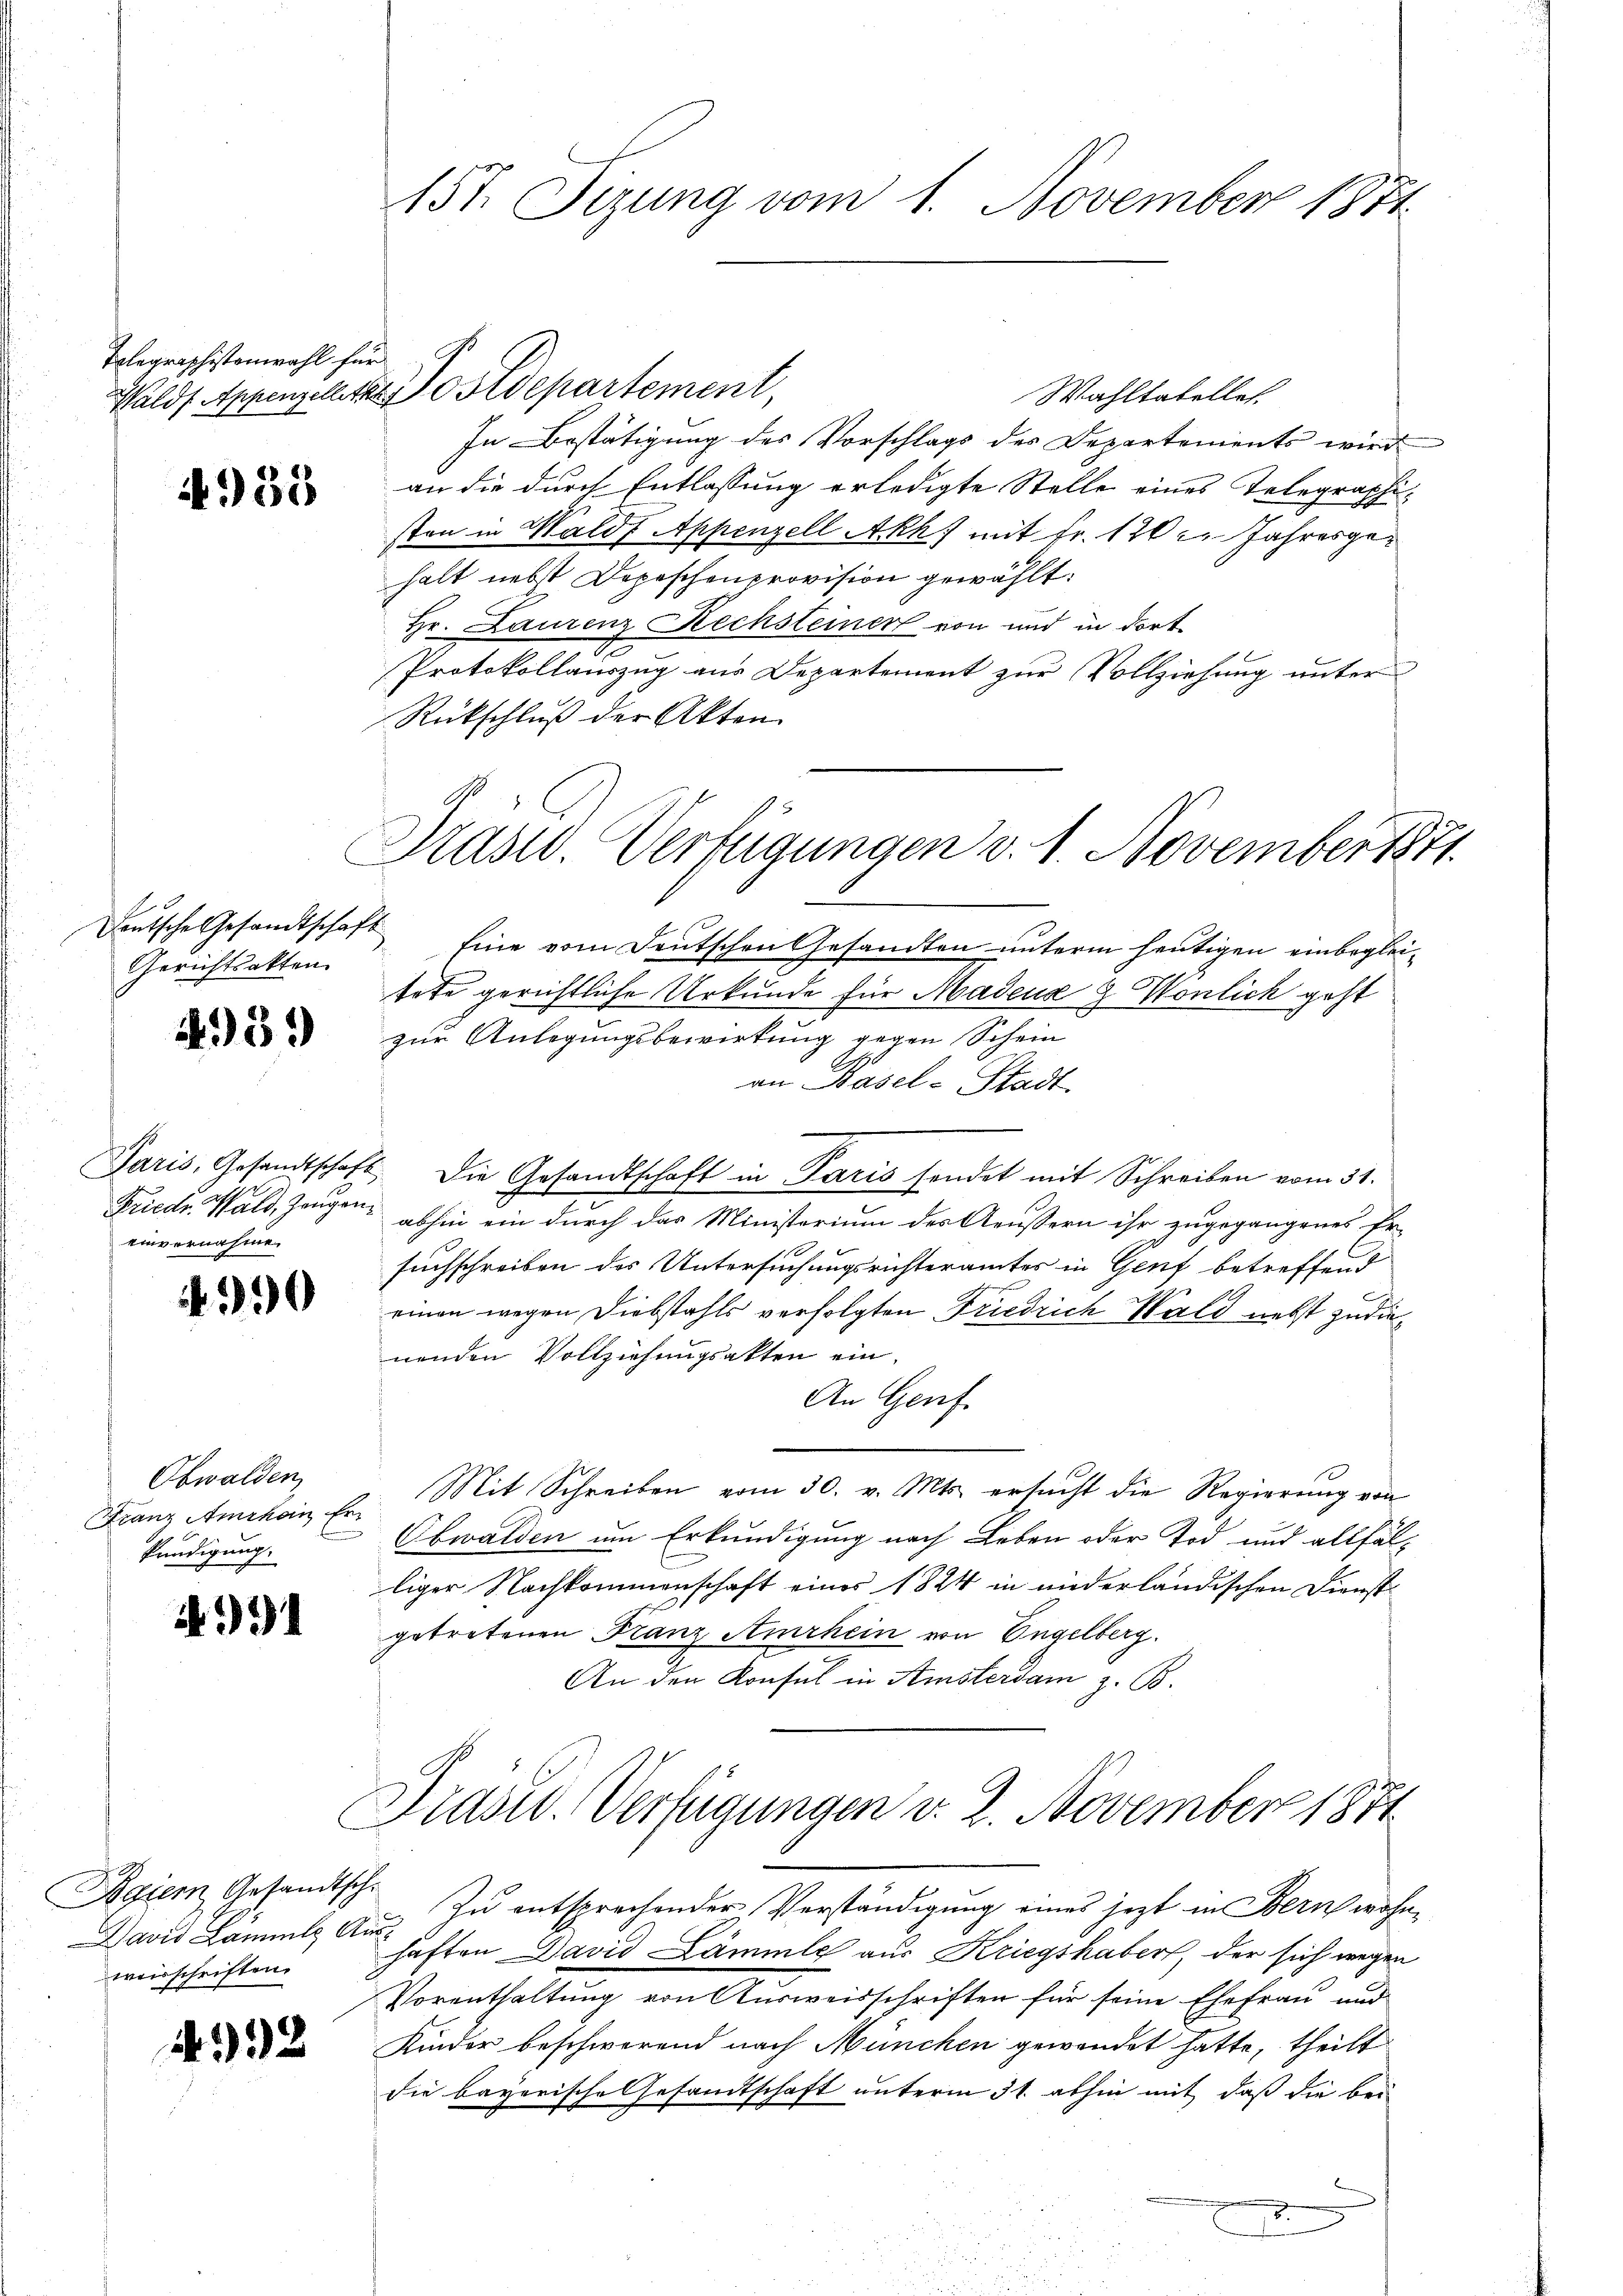
Telegraphistenwahl für

4958

Gerichtsakten.

4.5.)

einvernahme.

390

Obwalden
kündigung.

91

Regier, Gesandtsche
weisschriften.

32

157. Sizung vom 1. November 1871.

Walds Appenzellitzstdepartement,
Wahltatelles.
In Bestätigung des Vorschlags des Departements wird
an die durch Entlassung erledigte Stelle eines Telegraphisten in Waldf Appenzell Akh) mit Fr. 120 l. Jahresgehalt nebst Depeschenprovision gewählt:
Hr. Laurenz Rechsteiner von und in dort¬
Protokollauszug aus Departement zur Vollziehung unter
Rückschluß der Akten.
Deutsche Gesandtschaft Eine vom Deutschen Gesandten unterm heutigen einbegleitete gerichtliche Urkunde für Madenz & Wönlich geht
zur Anlegungsbewirkung gegen Schein
an Basel-Stadt.
Paris, Gesandtschaft die Gesandtschaft in Paris sondet mit Schreiben vom 31.
Friedr. Wald, Zeugen, abhin ein durch das Ministerium des Aeussern ihr zugegangenes Er-
suchschreiben des Untersuchungsrichteramtes in Genf betreffend
einen wegen Diebstahls verfolgten Friedrich Wald nebst zu die
nenden Vollziehungsakten ein.
An Genf.
Franz Amehain Er Mit Schreiben vom 30. v. Mts. ersucht die Regierung von
Obwalden um Erkundigung nach Leben oder Tod und allfälliger Nachkommenschaft eines 1824 in niderländischen Dienstgetretenen Franz Amrhein von Engelberg.
An den Konsul in Amsterdam z. B.
Präsid. Verfügungen v. 2. November 1874
David Lämmlg. Aug. Zu entsprechender Verständigung eines jezt in Bern wohnhaften David Lämmle aus Kriegshaber, der sich wegen
Vorenthaltung von Ausweisschriften für seine Ehefrau und
Kinder beschwerend nach München gewendet hatte, theilt
die bayerische Gesandtschaft unterm 31. abhin mit daß die bei
d
2

Präsid. Verfügungen d. 1. November 1871